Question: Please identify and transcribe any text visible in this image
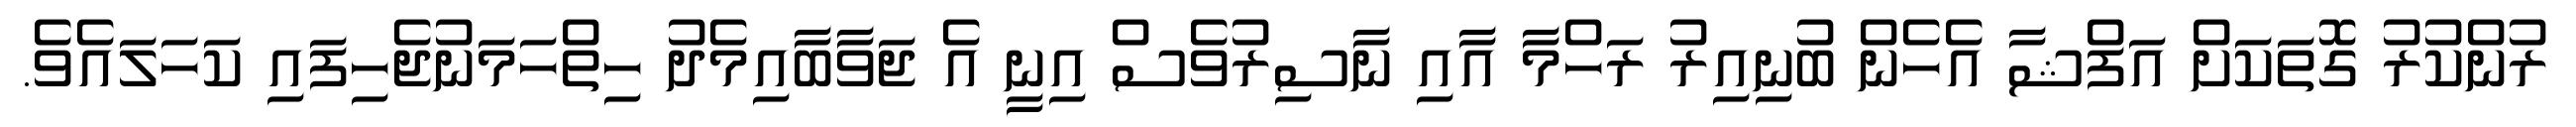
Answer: ރުންކުރު ގޮތަކަށް އަފްޝާ އެހެން ބުނިއިރު ރަހްމާ އާއި ނާސިރުވެސް އިނީ އެ ޖަވާބާއިމެދު ހިތްހަމަނުޖެހިފައި ކަހަލައެވެ.